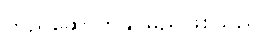
တည်ဆောက်နိုင်မည်ဖြစ်သည်